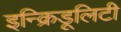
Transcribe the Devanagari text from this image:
इन्क्रिडूलिटी